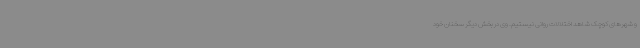
و شهرهای کوچک شاهد اختلالات روانی نیستیم. وی در بخش دیگر سخنان خود